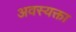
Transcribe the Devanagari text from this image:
अवस्यक्ता